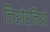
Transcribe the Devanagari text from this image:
जिओर्जिओ